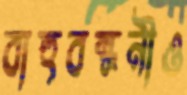
বাহুবন্ধনীও